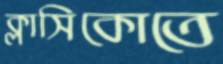
ক্লাসিকোতে